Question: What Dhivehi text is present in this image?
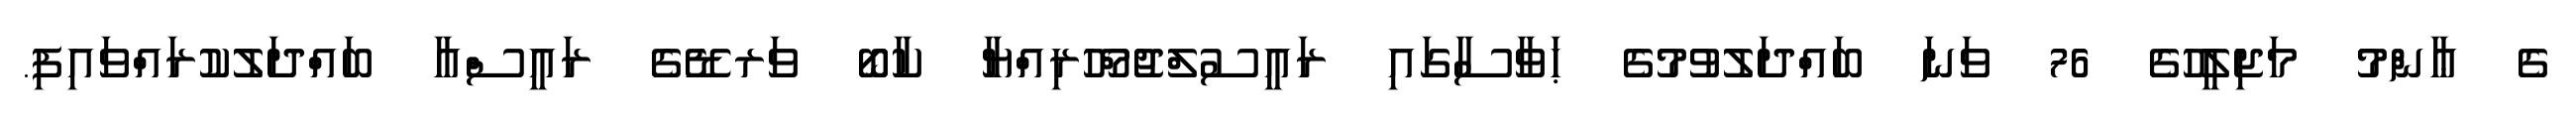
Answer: ގެ ޢާންމު މަޖިލީހުގެ 76 ވަނަ ބައްދަލުވުމުގެ ޙަވާސާގައި ރައީސުލްޖުމްހޫރިއްޔާ ކާބޯ ވަރޑޭގެ ރައީސްއާ ބައްދަލުކުރައްވައިފި.